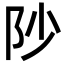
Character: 𮤻